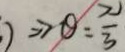
) \Rightarrow \theta = \frac { \pi } { 3 }